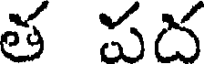
త పద